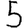
Digit: 5